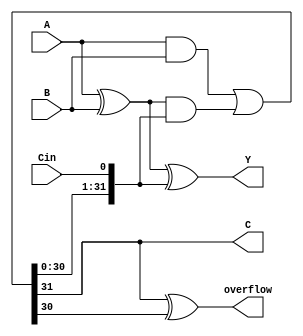
module Adder32(A,B,Cin,C,Y,overflow);
	parameter n=32;
	
	input [n-1:0]A,B;
	input Cin;
	output C;
	output [n-1:0]Y;
    output overflow;
    wire [n-1:0] p= A^B;
    wire [n-1:0] g= A & B;
    wire [n:0] c={g | (p & c[n-1:0]),Cin};
    wire [n-1:0] Y= p ^ c[n-1:0];
    wire C=c[n];
    
    assign overflow= c[n] ^ c[n-1];

	
	
endmodule